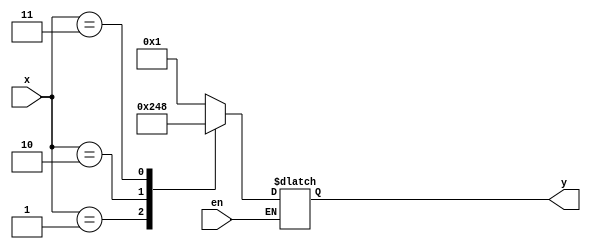
module decoder4(input[1:0] x, input en, output[3:0] y);
	reg[3:0] y;
	always@(x, en)
		if(en)
			case(x)
				0:y=4'b0001;
				1:y=4'b0010;
				2:y=4'b0100;
				3:y=4'b1000;
			endcase
endmodule